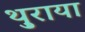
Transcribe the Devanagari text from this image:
थ़ुराया